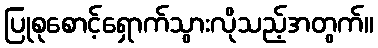
ပြုစုစောင့်ရှောက်သွားလိုသည့်အတွက်။